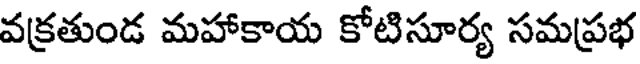
వక్రతుండ మహాకాయ కోటిసూర్య సమప్రభ